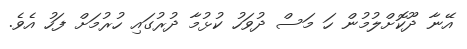
އޭނާ ދޫކޮށްލުމުން ހަ މަސް ދުވަހު ކުޅުމާ ދުުރުގައި ހުރުމަށް ފަހު އެވެ.